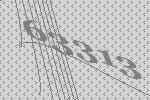
63313